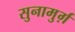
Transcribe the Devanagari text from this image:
सुनामुर्ग़